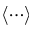
\langle \cdots \rangle